Note on the mental hospitals in Burma - 1925-1940
Year: 1925
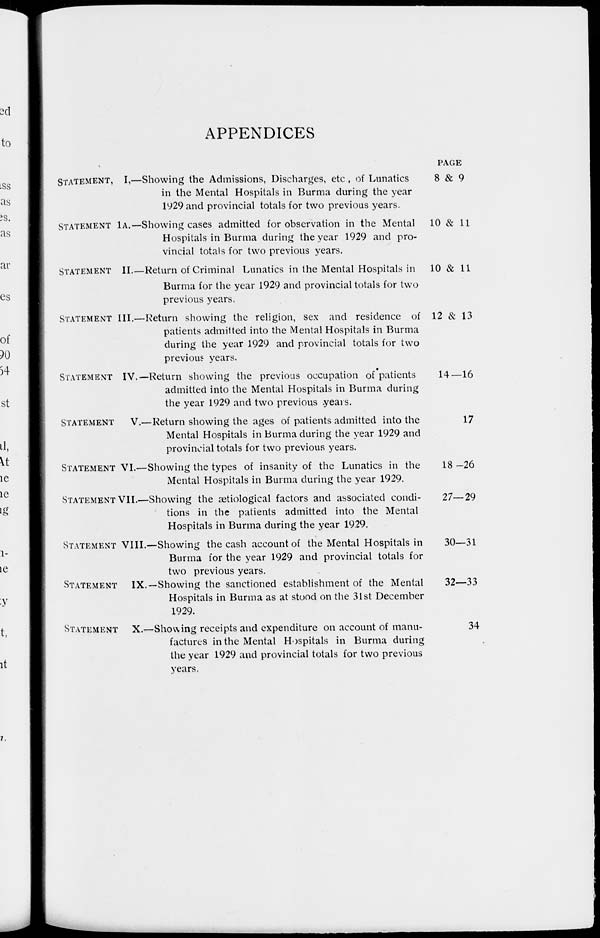
APPENDICES
STATEMENT I.—Showing the Admissions, Discharges, etc., of Lunatics
in the Mental Hospitals in Burma during the year
1929 and provincial totals for two previous years.
STATEMENT 1A.—Showing cases admitted for observation in the Mental
Hospitals in Burma during the year 1929 and pro-
vincial totals for two previous years.
STATEMENT II.—Return of Criminal Lunatics in the Mental Hospitals in
Burma for the year 1929 and provincial totals for two
previous years.
STATEMENT III.—Return showing the religion, sex and residence of
patients admitted into the Mental Hospitals in Burma
during the year 1929 and provincial totals for two
previous years.
STATEMENT IV.—Return showing the previous occupation of patients
admitted into the Mental Hospitals in Burma during
the year 1929 and two previous years.
STATEMENT V.—Return showing the ages of patients admitted into the
Mental Hospitals in Burma during the year 1929 and
provincial totals for two previous years.
STATEMENT VI.—Showing the types of insanity of the Lunatics in the
Mental Hospitals in Burma during the year 1929.
STATEMENT VII.—Showing the ætiological factors and associated condi-
tions in the patients admitted into the Mental
Hospitals in Burma during the year 1929.
STATEMENT VIII.—Showing the cash account of the Mental Hospitals in
Burma for the year 1929 and provincial totals for
two previous years.
STATEMENT IX.—Showing the sanctioned establishment of the Mental
Hospitals in Burma as at stood on the 31st December
1929.
STATEMENT X.—Showing receipts and expenditure on account of manu-
factures in the Mental Hospitals in Burma during
the year 1929 and provincial totals for two previous
years.
PAGE
8 & 9
10 & 11
10 & 11
12 & 13
14—16
17
18—26
27—29
30—31
32—33
34